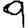
Digit: 9